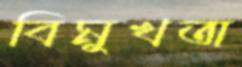
বিমুখতা